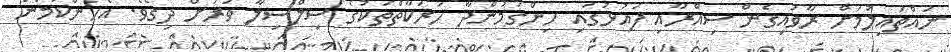
ނައްތައިލުމަށް ރާވައިގެން ސިއްރާއި ފައުޅުގައި ހިންގަމުންދާ ހަރަކާތްތަކުގެ ސިލްސިލާ ވަރަށް ދިގެވެ. އެހެންކަމުން